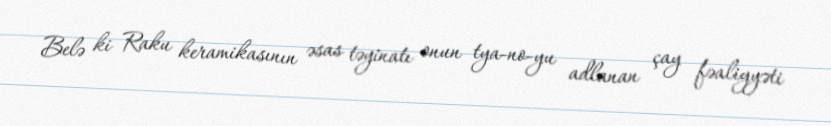
Belə ki Raku keramikasının əsas təyinatı onun tya-no-yu adlanan çay fəaliyyəti